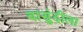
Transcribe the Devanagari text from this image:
बासुंदीला